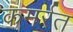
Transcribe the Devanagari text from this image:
कमर्रत